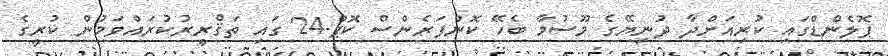
ޕޮލެންޑްގައި ކުރިއަށްދާ ދުނިޔޭގެ މޫސުމާ ބެހޭ ކޮންފަރެންސް ކޮޕް-24 ގައި ތަޤްރީރުކުރައްވަމުން ކުރީގެ